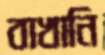
বাখানি